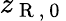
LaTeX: z_{\mathrm{~R~,~0~}}